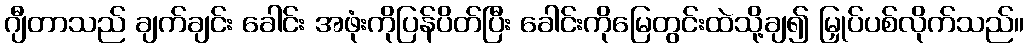
ဂျီတာသည် ချက်ချင်း ခေါင်း အဖုံးကိုပြန်ပိတ်ပြီး ခေါင်းကိုမြေတွင်းထဲသို့ချ၍ မြှုပ်ပစ်လိုက်သည်။